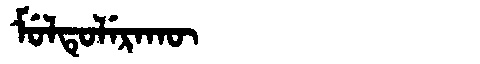
Manchu: ᠮᡠᠯᡨᡠᠯᡝᡵᠠᡴᡡ
Romanization: MULTULERAKŪ